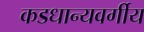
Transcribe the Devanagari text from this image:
कडधान्यवर्गीय